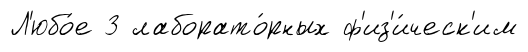
Л'юбо́е 3 лаборато́рных ф'из'и́ческ'им